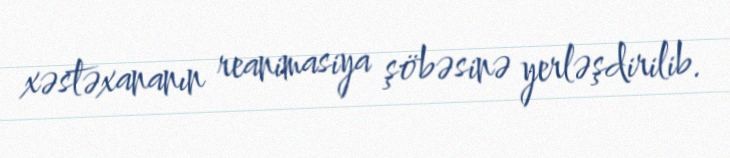
xəstəxananın reanimasiya şöbəsinə yerləşdirilib.